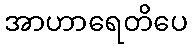
အာဟာရေတိပေ